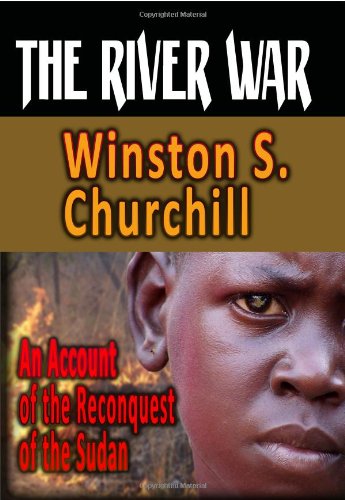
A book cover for The River War : An Account Of The Reconquest Of The Sudan; Winston S. Churchill; History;